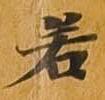
若